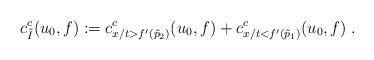
LaTeX: \begin{align*} c_{\tilde{I}}^c(u_0,f) := c_{x/t > f'(\tilde{p}_2)}^c(u_0,f) + c_{x/t < f'(\tilde{p}_1)}^c(u_0,f) \; .\end{align*}